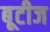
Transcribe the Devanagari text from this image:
बूटीज